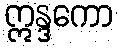
ဣန္ဒကော